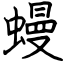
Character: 蟃